Annual administration report of the Civil Veterinary Department of India - 1897-1898
Year: 1897
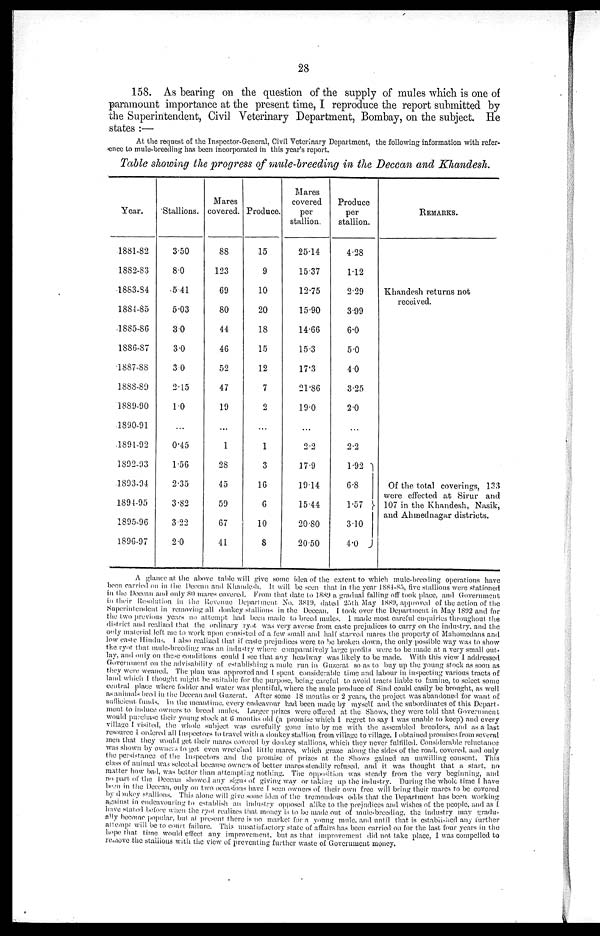
28
158. As bearing on the question of the supply of mules which is one of
paramount importance at the present time, I reproduce the report submitted by
the Superintendent, Civil Veterinary Department, Bombay, on the subject. He
states :—
At the request of the Inspector-General, Civil Veterinary Department, the following information with refer-
ence to mule-breeding has been incorporated in this year's report.
Table showing the progress of mule-breeding in the Deccan and Khandesh.
Year.
1881-82
1882-83
1883-84
1884-85
1885-86
1886-87
1887-88
1888-89
1889-90
1890-91
1891-92
1892-93
1893-94
1894-95
1895-96
1896-97
Stallions.
3.50
8.0
541
5.03
3 0
3.0
3.0
2.15
1.0
...
0.45
1.56
2.35
3.82
3.22
2.0
Mares
covered.
88
123
69
80
44
46
52
47
19
...
1
28
45
59
67
41
Produce.
15
9
10
20
18
15
12
7
2
...
1
3
16
6
10
8
Mares
covered
per
stallion.
25.14
15.37
12.75
15.90
14.66
15.3
17.3
21.86
19.0
...
2.2
17.9
1914
15.44
20.80
20.50
Produce
per
stallion.
4.28
1.12
2.29
3.99
6.0
5.0
40
3.25
2.0
...
2.2
1.92
6.8
1.57 }
3.10
4.0
REMARKS.
Khandesh returns not
received.
Of the total coverings, 133
were effected at Sirur and
107 in the Khandesh, Nasik,
and Ahmednagar districts.
A glance at the above table will give some idea of the extent to which mule-breeding operations have
been carried on in the Deccan and Khandesh. It will be seen that in the year 1884-85, five stallions were stationed
in the Deccan and only 80 mares covered. From that date to 1889 a gradual falling off took place, and Government
in their Resolution in the Revenue Department No. 3819, dated 25th May 1889, approved of the action of the
Superintendent in removing all donkey stallions in the Deccan. I took over the Department in May 1892 and for
the two previous years no attempt had been made to breed mules. I made most careful enquiries throughout the
district and realized that the ordinary ryot was very averse from caste prejudices to carry on the industry and the
only material left me to work upon consisted of a few small and half starved mares the property of Mahomedans and
low caste Hindus. I also realized that if caste prejudices were to be broken down, the only possible way was to show
the ryot that mule-breeding was an industry where comparatively large profits were to be made at a very small out-
lay, and only on these conditions could I see that any headway was likely to be made. With this view I addressed
Government on the advisability of establishing a mule run in Guzerat so as to buy up the young stock as soon as
they were weaned. The plan was approved and I. spent considerable time and labour in inspecting various tracts of
land which I thought might be suitable for the purpose, being careful to avoid tracts liable to famine, to select some
central place where fodder and water was plentiful, where the mule produce of Sind could easily be brought, as well
as animals bred in the Deccan and Guzerat. After some 18 months or 2 years, the project was abandoned for want of
sufficient funds. In the meantime, every endeavour had been made by myself and the subordinates of this Depart-
ment to induce owners to breed mules. Larger prizes were offered at the Shows, they were told that Government
would purchase their young stock at 6 months old (a promise which I regret to say I was unable to keep) and every
village I visited, the whole subject was carefully gone into by me with the assembled breeders, and as a last
resource I ordered all Inspectors to travel with a donkey stallion from village to village. I obtained promises from several
men that they would get their mares covered by donkey stallions, which they never fulfilled. Considerable reluctance
was shown by owners to get even wretched little mares, which graze along the sides of the road, covered, and only
the persistance of the Inspectors and the promise of prizes at the Shows gained an unwilling consent. This
class of animal was selected because owners of better mares steadily refused, and it was thought that a start, no
matter how bad, was better than attempting nothing. The opposition was steady from the very beginning, and
no part of the Deccan showed any signs of giving way or taking up the industry. During the whole time I have
been in the Deccan, only on two occasions have I seen owners of their own free will bring their mares to be covered
by donkey stallions. This alone will give some idea of the tremendous odds that the Department has been working
against in endeavouring to establish an industry opposed alike to the prejudices and wishes of the people, and as I
have stated before when the ryot realizes that money is to be made out of mule-breeding, the industry may gradu-
ally become popular, but at present there is no market for a young mule and until that is established any further
attempt will be to court failure. This unsatisfactory state of affairs has been carried on for the last four years in the
hope that time would effect any improvement but as that improvement did not take place, I was compelled to
remove the stallious with the view of preventing further waste of Government money.